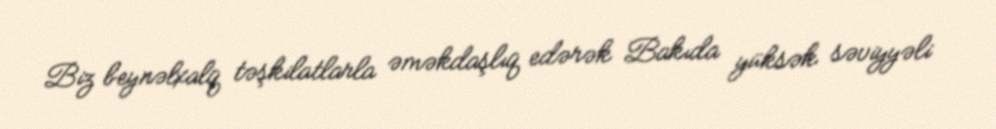
Biz beynəlxalq təşkilatlarla əməkdaşlıq edərək Bakıda yüksək səviyyəli